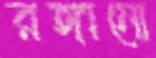
রঙ্গানো